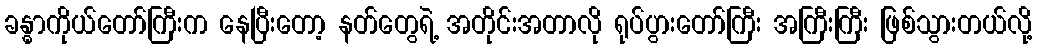
ခန္ဓာကိုယ်တော်ကြီးက နေပြီးတော့ နတ်တွေရဲ့ အတိုင်းအတာလို ရုပ်ပွားတော်ကြီး အကြီးကြီး ဖြစ်သွားတယ်လို့